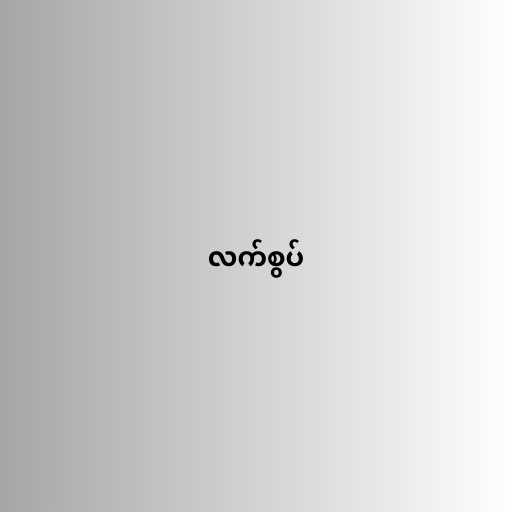
လက်စွပ်